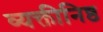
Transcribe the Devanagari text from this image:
व्यक्तीनिष्ठ